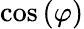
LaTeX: \cos\left(\varphi\right)